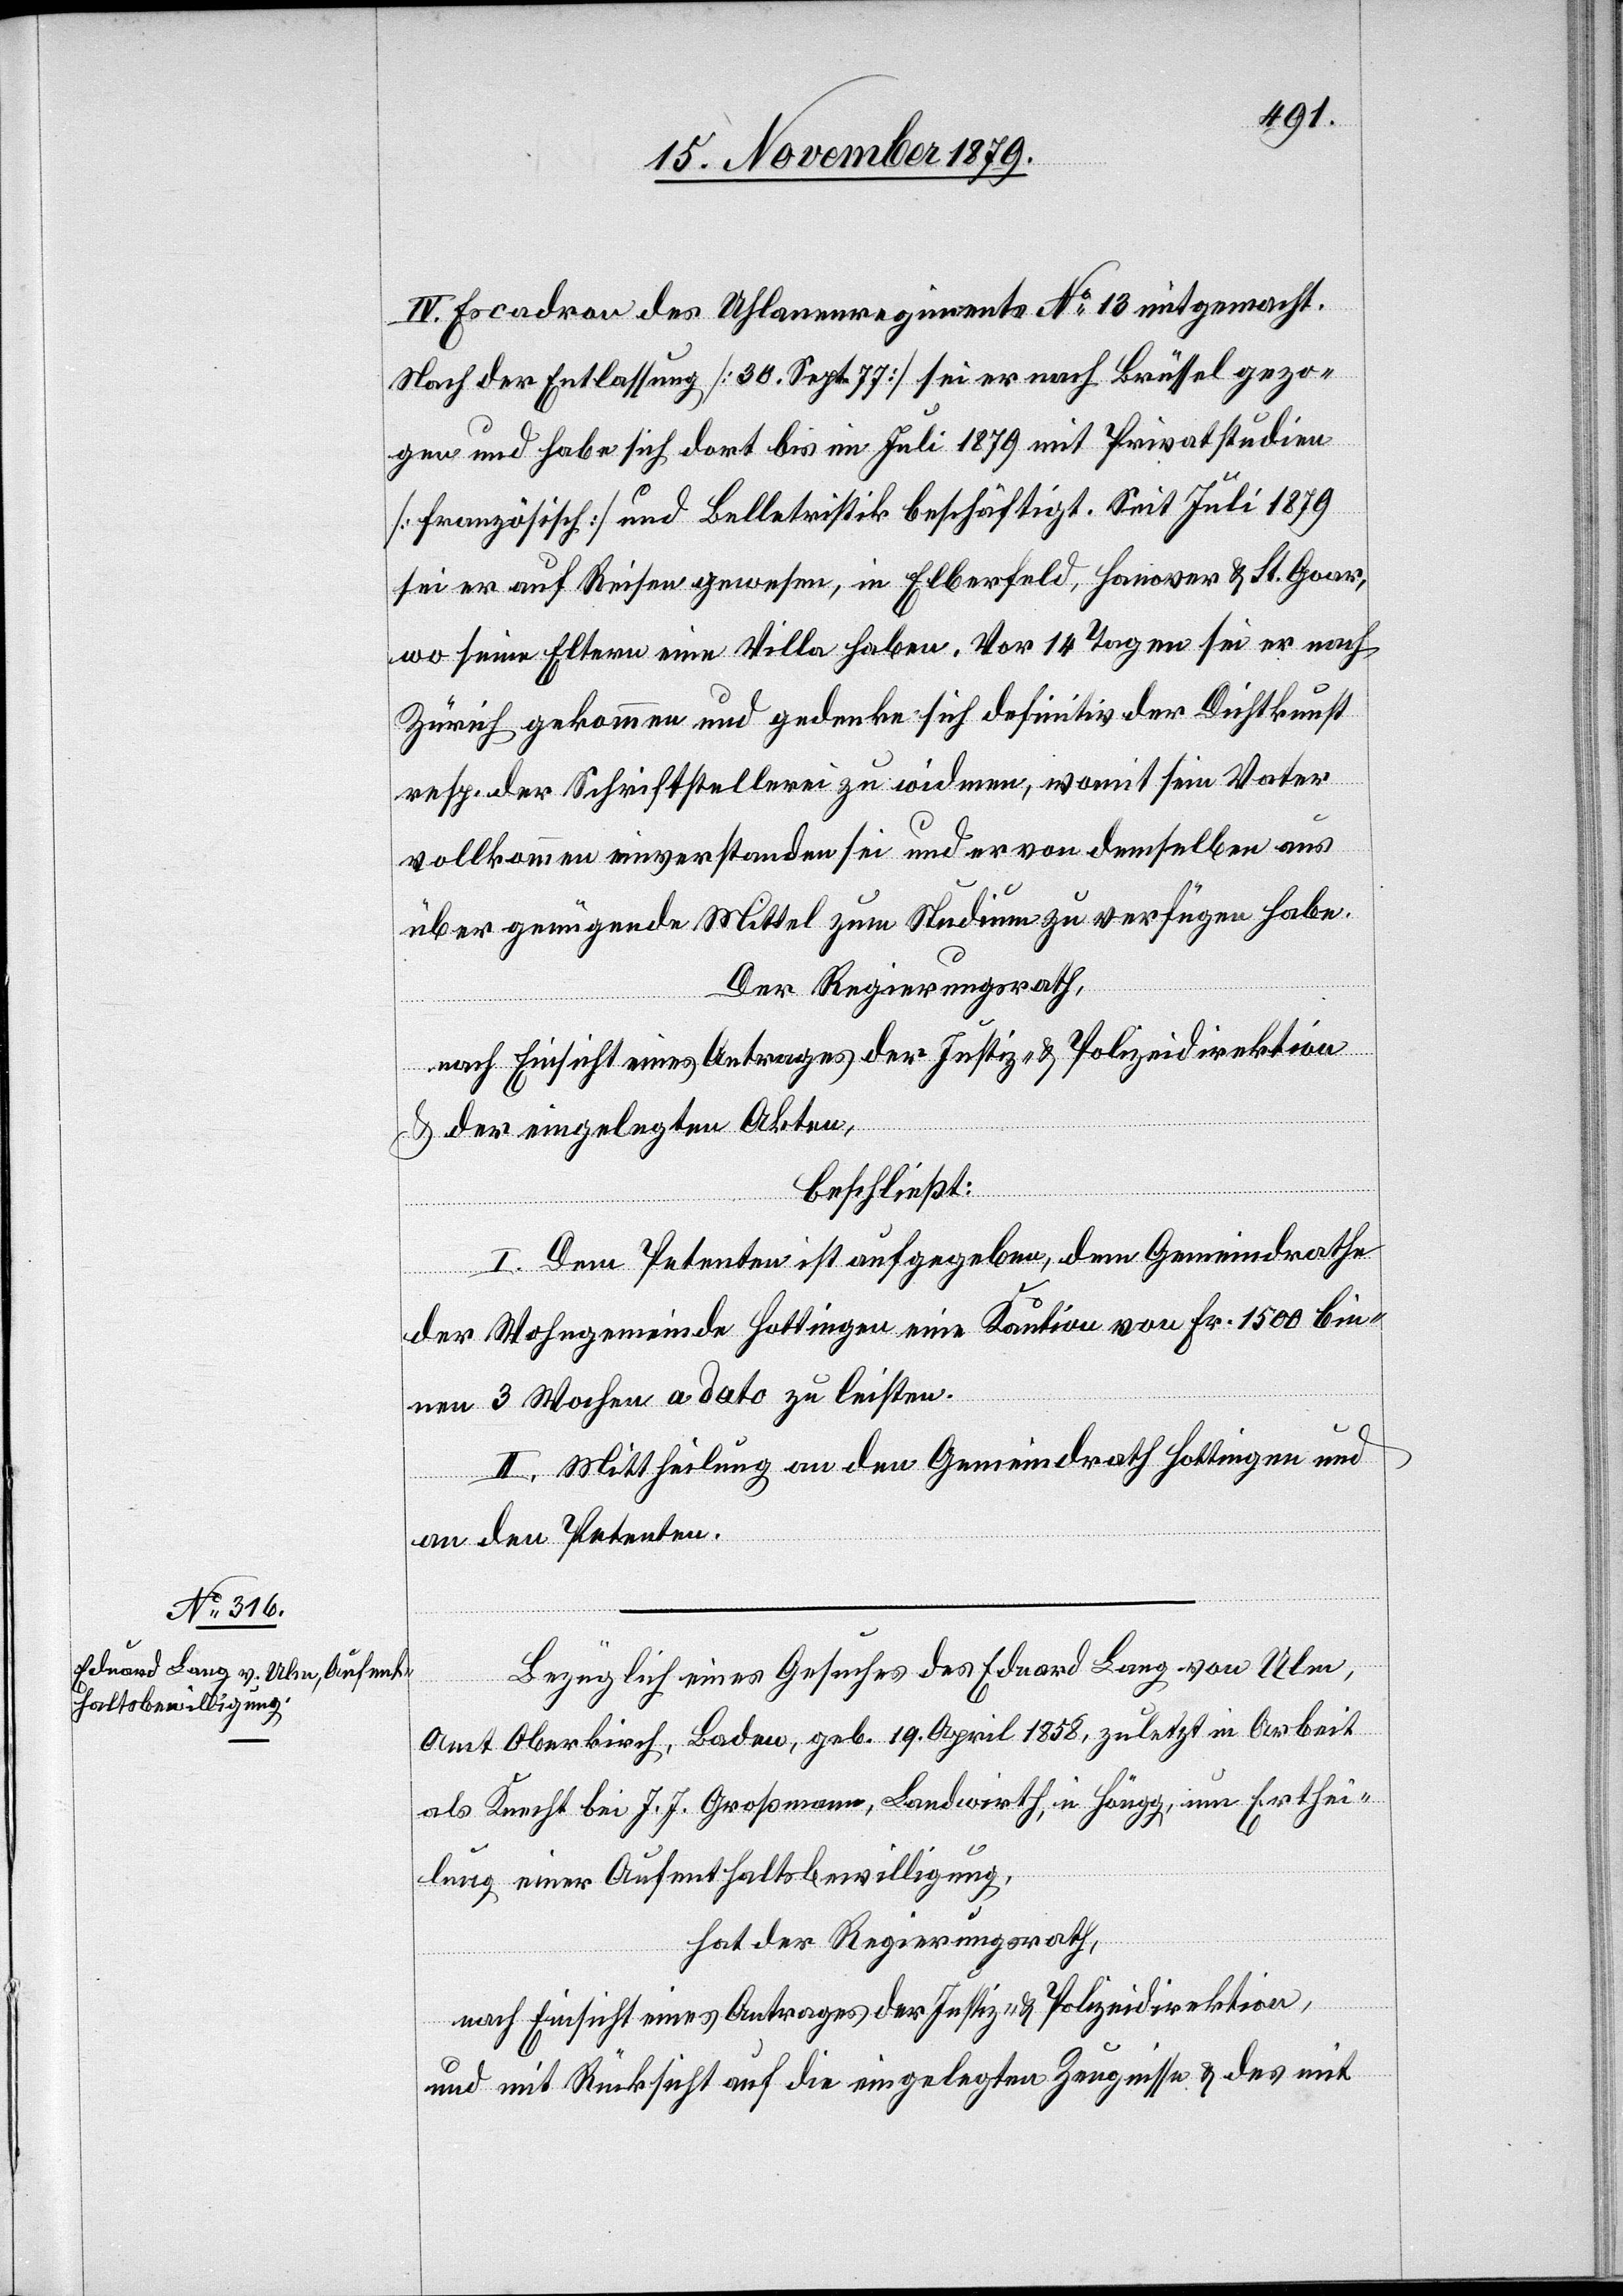
IV. Escadron des Uhlanenregiments No 13 mitgemacht.
Nach der Entlassung [30. Sept. 77] sei er nach Brüssel gezo¬
gen und habe sich dort bis im Juli 1879 mit Privatstudien
[französisch] und Belletristik beschäftigt. Seit Juli 1879
sei er auf Reisen gewesen, in Elberfeld, Hanover & St. Goar
wo seine Eltern eine Villa haben. Vor 14 Tagen sei er nach
Zürich gekommen und gedenke sich definitiv der Dichtkunst
resp. der Schriftstellerei zu widmen, womit sein Vater
vollkommen einverstanden sei und er von demselben aus
über genügende Mittel zum Studium zu verfügen habe.
Der Regierungsrath,
nach Einsicht eines Antrages der Justiz- & Polizeidirektion
& der eingelegten Akten,
beschließt:
I. Dem Petenten ist aufgegeben, dem Gemeindrath
der Wohngemeinde Hottingen eine Kaution von Fr. 1500 bin¬
nen 3 Wochen a dato zu leisten.
II. Mittheilung an den Gemeindrath Hottingen und
an den Petenten.
Bezüglich eines Gesuches des Eduard Lang von Ulm,
Amt Oberkirch, Baden, geb. 19. April 1858, zuletzt in Arbeit
als Knecht bei J. J. Großmann, Landwirth, in Höngg, um Erthei¬
lung einer Aufenthaltsbewilligung,
hat der Regierungsrath,
nach Einsicht eines Antrages der Justiz- & Polizeidirektion,
und mit Rücksicht auf die eingelegten Zeugnisse & des mit